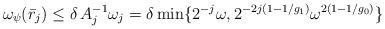
LaTeX: \begin{align*} \omega_\psi(\bar r_j)\leq \delta\, A_j^{-1}\omega_j=\delta\min\{2^{-j}\omega,2^{-2j(1-1/g_1)}\omega^{2(1-1/g_0)}\}\end{align*}